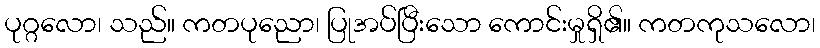
ပုဂ္ဂလော၊ သည်။ ကတပုညော၊ ပြုအပ်ပြီးသော ကောင်းမှုရှိ၏။ ကတကုသလော၊